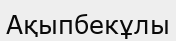
Ақыпбекұлы